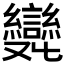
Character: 𠮖